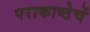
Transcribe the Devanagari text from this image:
पराकाष्ठेचें